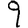
Digit: 9